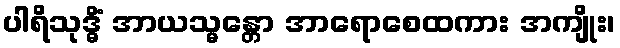
ပါရိသုဒ္ဓိံ အာယသ္မန္တော အာရောစေထကား အကျိုး၊